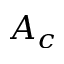
A _ { c }